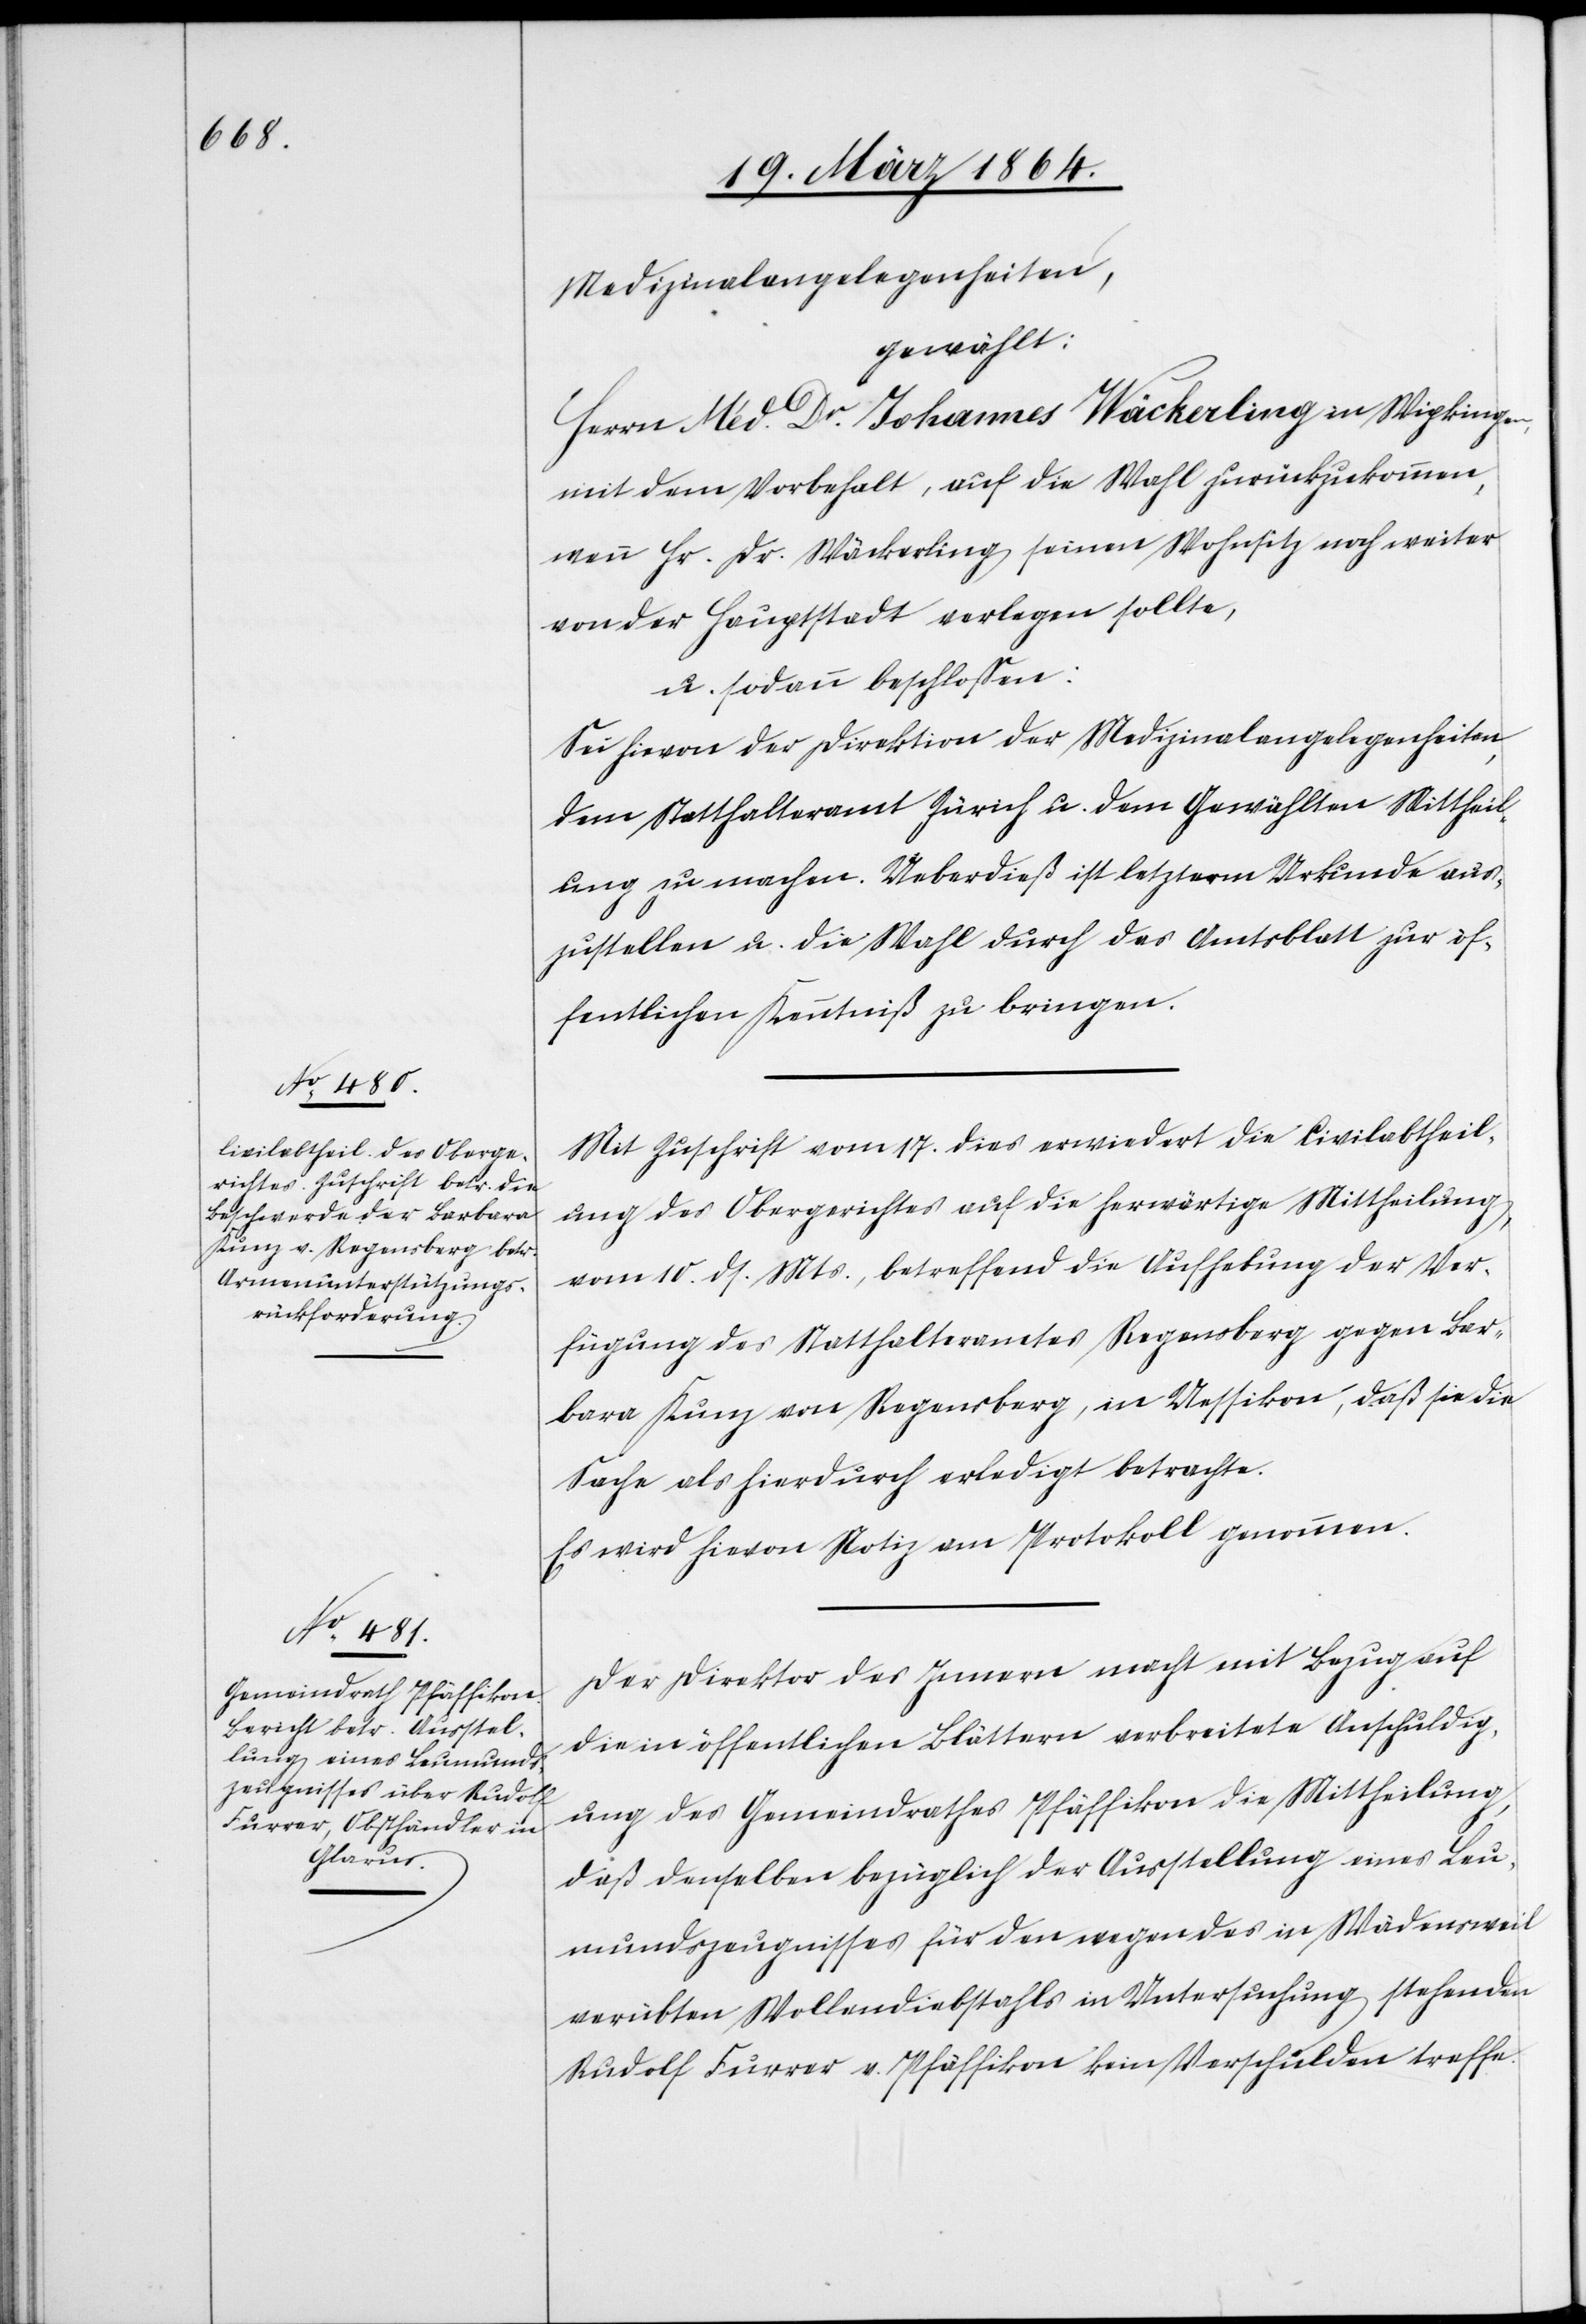
Medizinalangelegenheiten,
gewählt:
Herrn Med. Dr. Johannes Wäckerling in Wipkingen,
mit dem Vorbehalt, auf die Wahl zurückzukommen,
wenn Hr. Dr. Wäckerling seinen Wohnsitz noch weiter
von der Hauptstadt verlegen sollte,
u. sodann beschlossen:
Sei hievon der Direktion der Medizinalangelegenheiten,
dem Statthalteramt Zürich u. dem Gewählten Mittheil¬
ung zu machen. Ueberdieß ist letzterm Urkunde aus¬
zustellen u. die Wahl durch das Amtsblatt zur öf¬
fentlichen Kenntniß zu bringen.
Mit Zuschrift vom 17. dies erwiedert die Civilabtheil¬
ung des Obergerichtes auf die herwärtige Mittheilung,
vom 10. ds. Mts., betreffend die Aufhebung der Ver¬
fügung des Statthalteramtes Regensberg gegen Bar¬
bara Kunz von Regensberg, in Uessikon, daß sie die
Sache als hierdurch erledigt betrachte.
Es wird hievon Notiz am Protokoll genommen.
Der Direktor des Innern macht mit Bezug auf
die in öffentlichen Blättern verbreitete Anschuldig¬
ung des Gemeindrathes Pfäffikon die Mittheilung,
daß denselben bezüglich der Ausstellung eines Leu¬
mundszeugnisses für den wegen des in Wädensweil
verübten Wollendiebstahls in Untersuchung stehenden
Rudolf Furrer v. Pfäffikon kein Verschulden treffe.